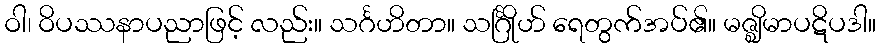
ဝါ၊ ဝိပဿနာပညာဖြင့် လည်း။ သင်္ဂဟိတာ။ သင်္ဂြိုဟ် ရေတွက်အပ်၏။ မဇ္ဈိမာပဋိပဒါ။